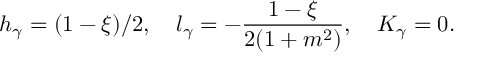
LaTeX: h _ { \gamma } = ( 1 - \xi ) / 2 , \quad l _ { \gamma } = - \frac { 1 - \xi } { 2 ( 1 + m ^ { 2 } ) } , \quad K _ { \gamma } = 0 .